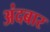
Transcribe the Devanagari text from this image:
अंदबार